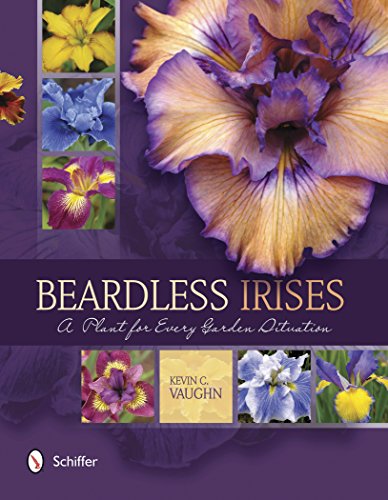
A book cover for Beardless Irises: A Plant for Every Garden Situation; Kevin C. Vaughn; Crafts, Hobbies & Home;